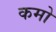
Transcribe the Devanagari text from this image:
कमो